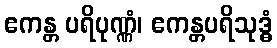
ဧကန္တ ပရိပုဏ္ဏံ၊ ဧကန္တပရိသုဒ္ဓံ